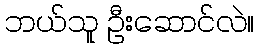
ဘယ်သူ ဦးဆောင်လဲ။